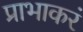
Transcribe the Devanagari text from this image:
प्राभाकरं